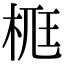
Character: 𣒸